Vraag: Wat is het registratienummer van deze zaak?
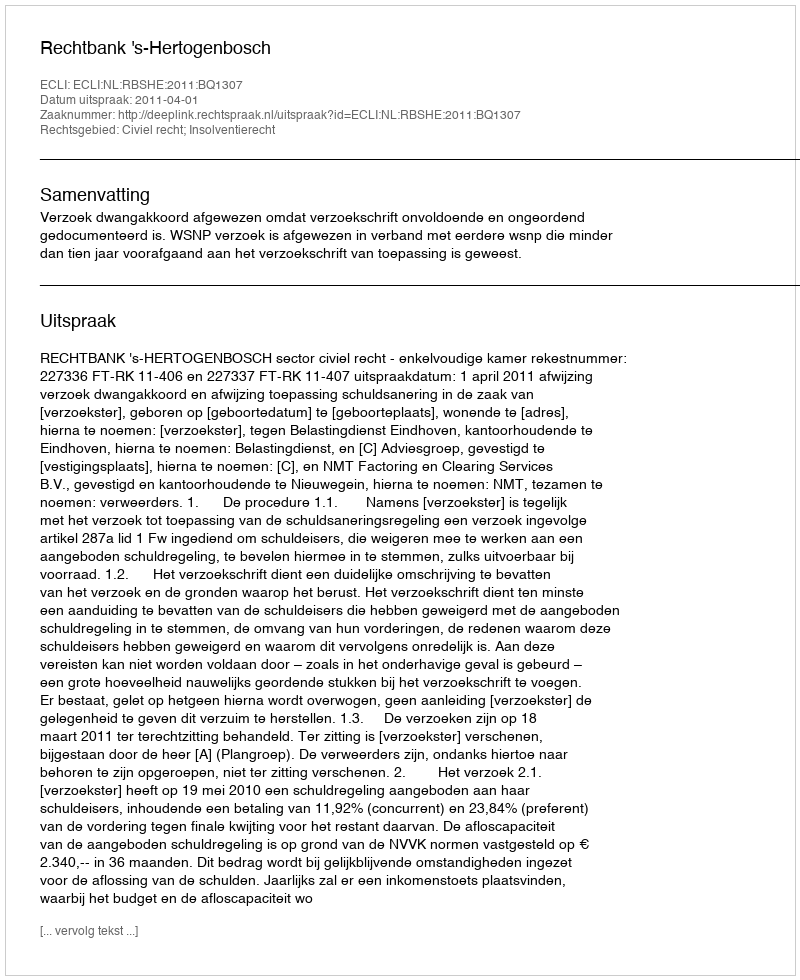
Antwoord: http://deeplink.rechtspraak.nl/uitspraak?id=ECLI:NL:RBSHE:2011:BQ1307